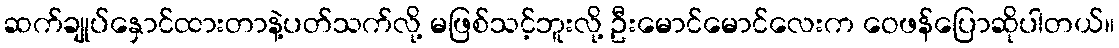
ဆက်ချုပ်နှောင်ထားတာနဲ့ပတ်သက်လို့ မဖြစ်သင့်ဘူးလို့ ဦးမောင်မောင်လေးက ဝေဖန်ပြောဆိုပါတယ်။